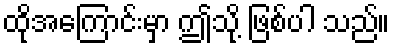
ထိုအကြောင်းမှာ ဤသို့ ဖြစ်ပါ သည်။